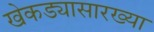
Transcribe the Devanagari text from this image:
खेकड्यासारख्या